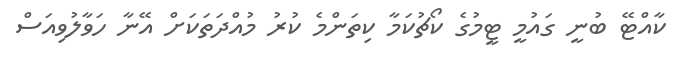
ކާއްޓޭ ބުނީ ގައުމީ ޓީމުގެ ކޯޗުކަމާ ކިތަންމެ ކުރު މުއްދަތަކަށް އޭނާ ހަވާލުވިއަސް